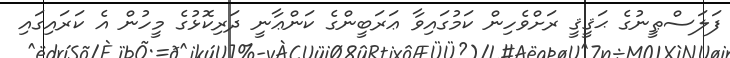
ފަލަސްޠީނުގެ ޙަޤީޤީ ރަށްވެހިން ކަމުގައިވާ ޢަރަބީންގެ ކަންޢާނީ ދަރިކޮޅުގެ މީހުން އެ ކަރައިގައި